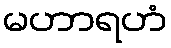
မဟာရဟံ